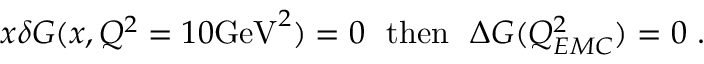
x \delta G ( x , Q ^ { 2 } = 1 0 \mathrm { G e V } ^ { 2 } ) = 0 ~ ~ \mathrm { t h e n } ~ ~ \Delta G ( Q _ { E M C } ^ { 2 } ) = 0 ~ .